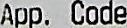
APP. CODE